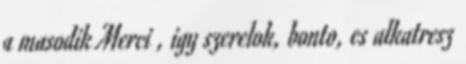
a masodik Merci , igy szerelok, bonto, es alkatresz